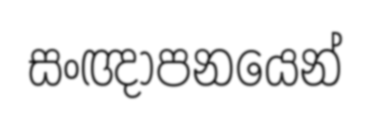
සංඥාපනයෙන්